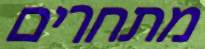
מתחרים